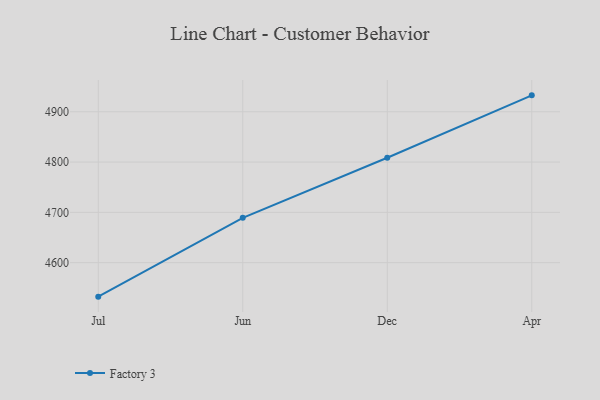
{"axis": {"x": "Month", "y": "Gross Profit (USD K)"}, "legend": ["Factory 3"], "data": [{"x": "Jul", "y": 4532.5, "type": "Factory 3"}, {"x": "Jun", "y": 4689.1, "type": "Factory 3"}, {"x": "Dec", "y": 4808.6, "type": "Factory 3"}, {"x": "Apr", "y": 4932.6, "type": "Factory 3"}]}